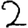
Digit: 2